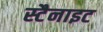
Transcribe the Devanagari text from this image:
स्टैनाइट